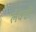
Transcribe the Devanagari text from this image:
लैक्टो